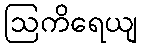
ဩကိရေယျ